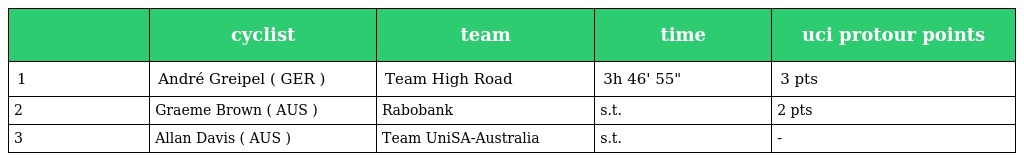
|  | cyclist | team | time | uci protour points |
 | --- | --- | --- | --- | --- |
 | 1 | André Greipel ( GER ) | Team High Road | 3h 46' 55" | 3 pts |
 | 2 | Graeme Brown ( AUS ) | Rabobank | s.t. | 2 pts |
 | 3 | Allan Davis ( AUS ) | Team UniSA-Australia | s.t. | - |